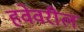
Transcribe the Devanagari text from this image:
हवेवरील